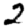
Digit: 2